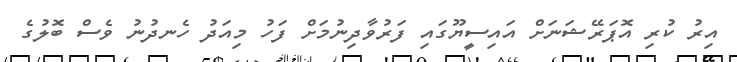
އިރު ކުރި އޮޕަރޭޝަނަށް އައިސީޔޫގައި ފަރުވާދިނުމަށް ފަހު މިއަދު ހެނދުނު ވެސް ބޮލުގެ